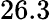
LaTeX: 26.3